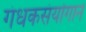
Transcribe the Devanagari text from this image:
गंधकसंयोगाने